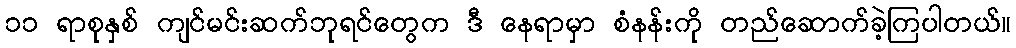
၁၁ ရာစုနှစ် ကျင်မင်းဆက်ဘုရင်တွေက ဒီ နေရာမှာ စံနန်းကို တည်ဆောက်ခဲ့ကြပါတယ်။